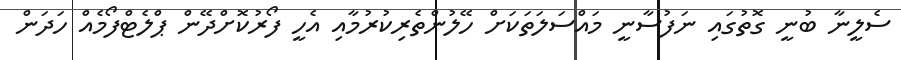
ސެލީނާ ބުނީ ގޮތުގައި ނަފުސާނީ މައްސަލަތަކަށް ހޭލުންތެރިކުރުމާއި އެހީ ފޯރުކޮށްދޭން ޕްލެޓްފޯމެއް ހަދަން